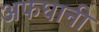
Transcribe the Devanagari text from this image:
अफघानी